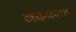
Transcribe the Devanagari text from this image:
नंदनगड